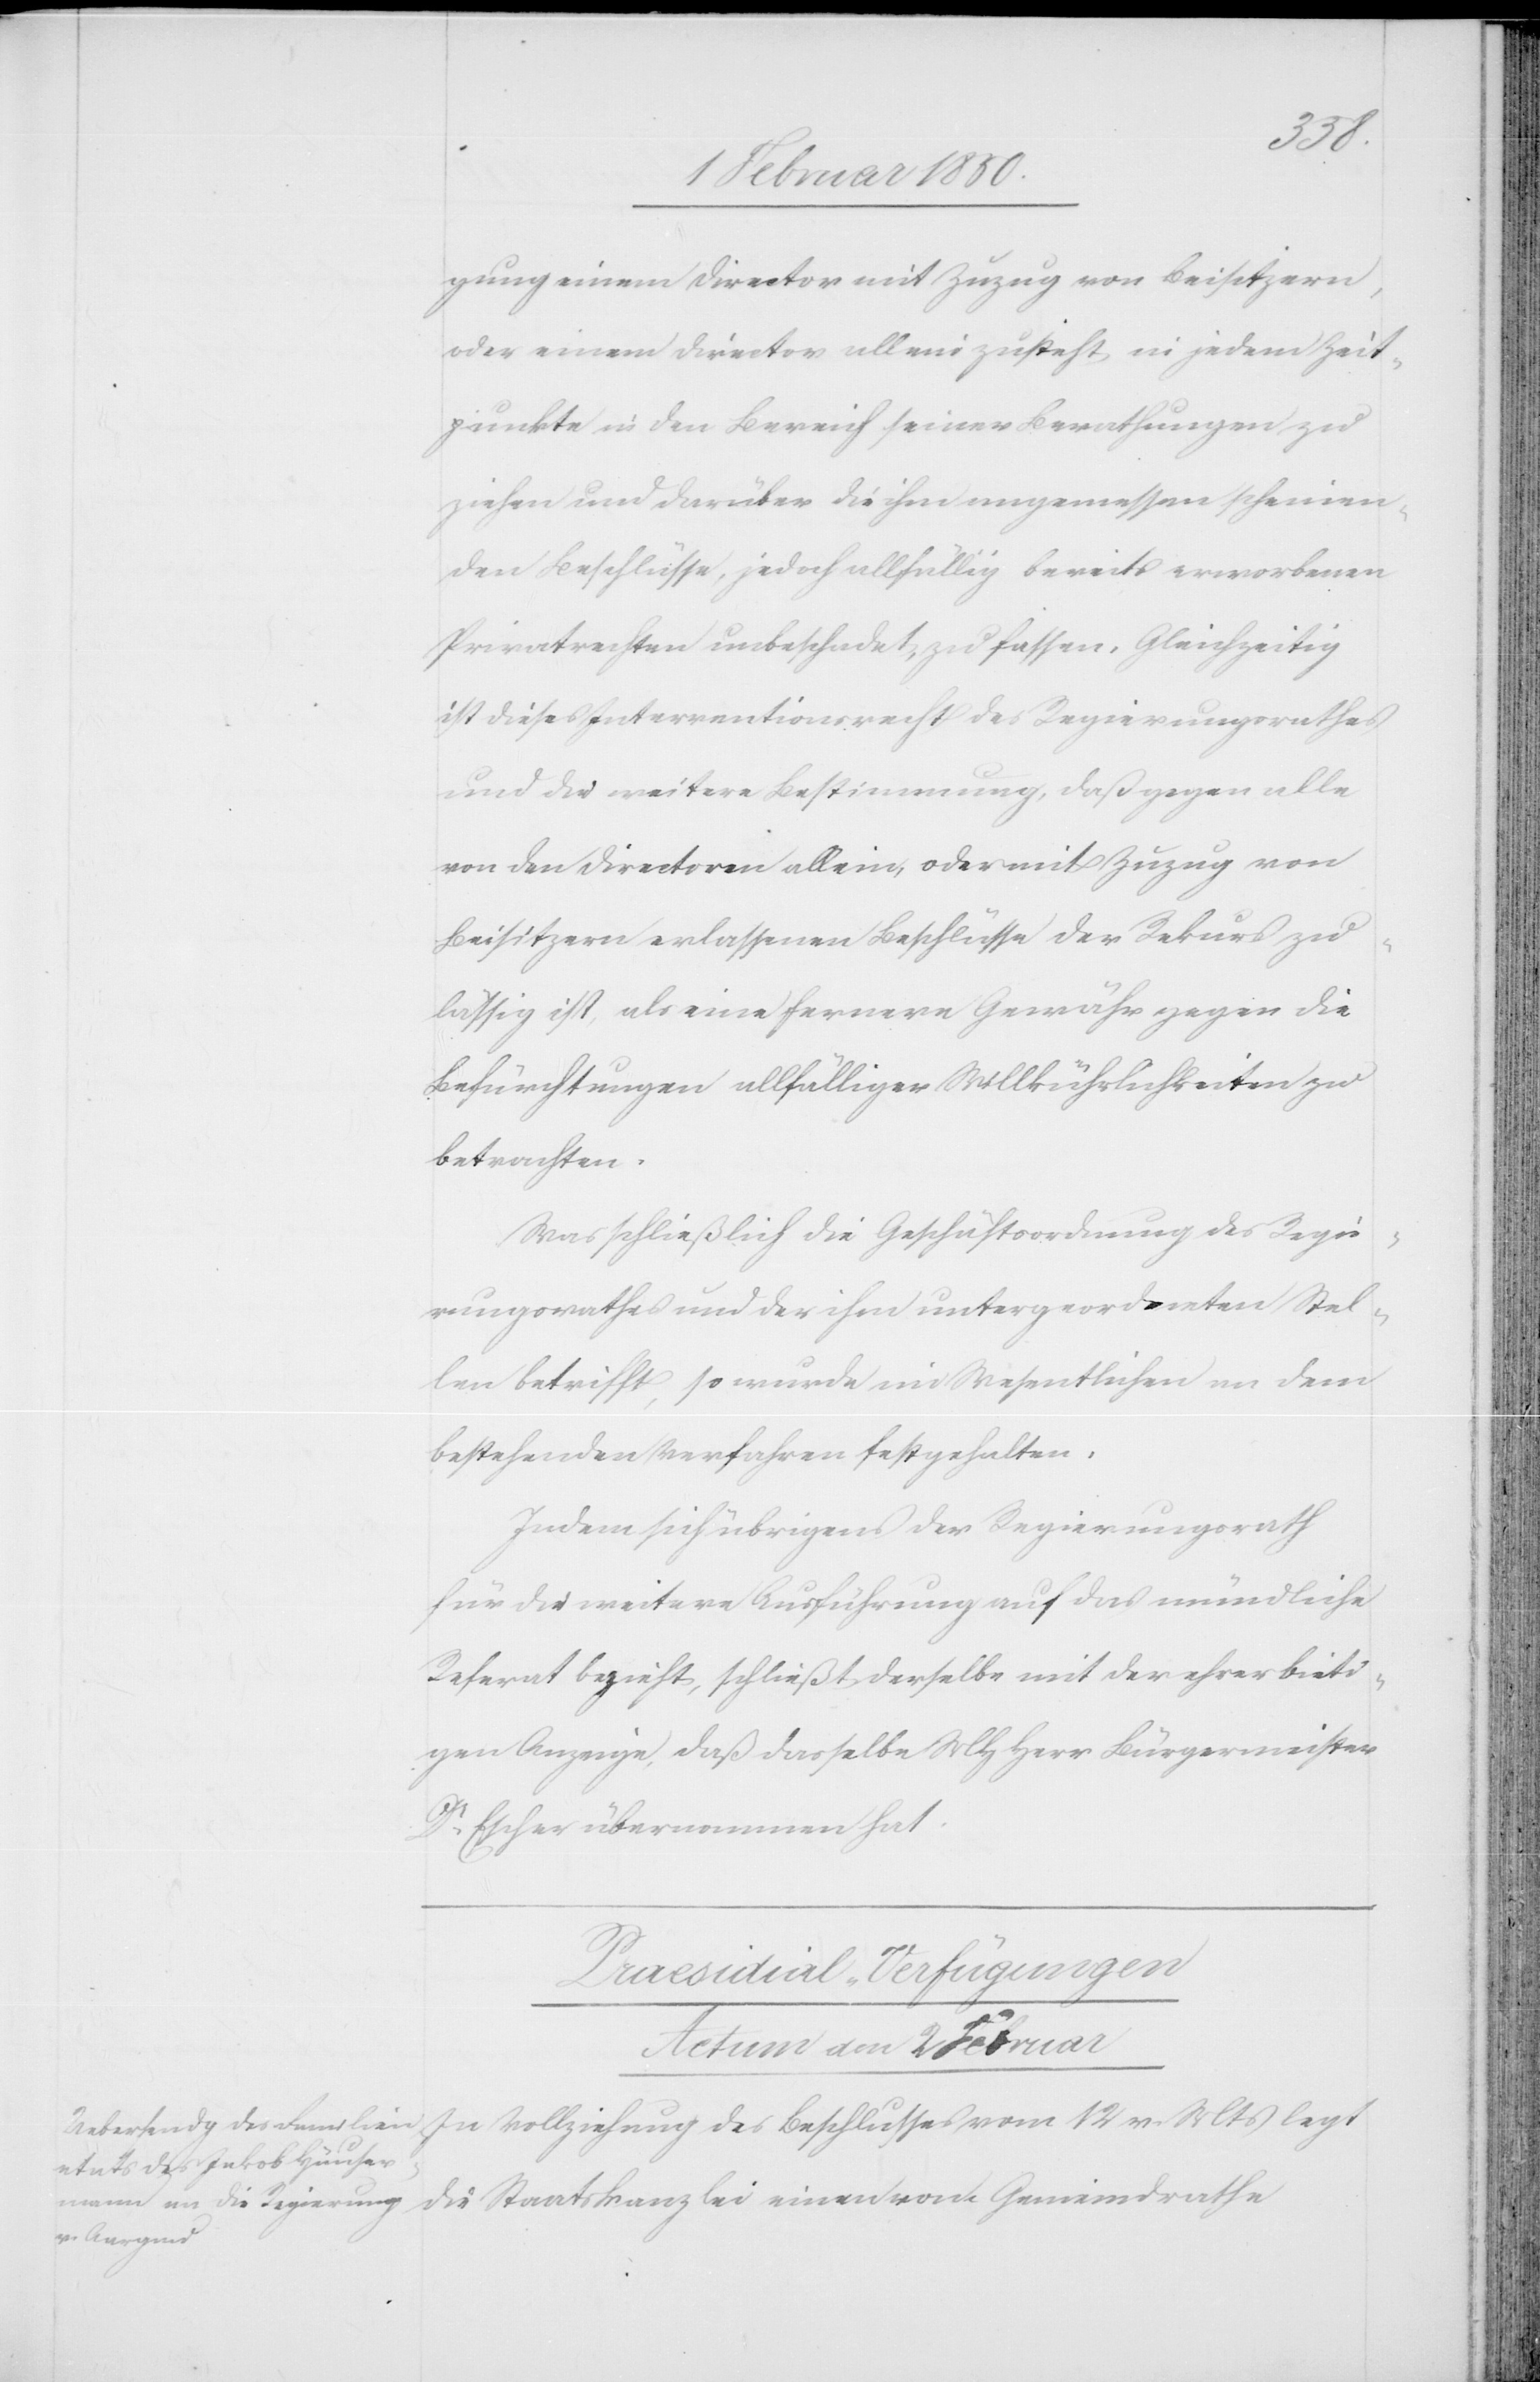
die
gung einem Director mit Zuzug von Beisitzern,
oder einem Director allein zusteht, in jedem Zeit¬
punkte in den Bereich seiner Berathungen zu
ziehen und darüber die ihm angemessen scheinen¬
den Beschlüsse, jedoch allfällig bereits erworbenen
Privatrechten unbeschadet, zu fassen. Gleichzeitig
ist dieses Interventionsrecht des Regierungsrathes
und die weitere Bestimmung, daß gegen alle
von den Directoren allein, oder mit Zuzug von
Beisitzern erlassenen Beschlüsse der Rekurs zu¬
lässig ist, als eine fernere Gewähr gegen die
Befürchtungen allfälliger Willkührlichkeiten zu
betrachten.
Was schließlich die Geschäftsordnung des Regie¬
rungsrathes und der ihm untergeordneten Stel¬
len betrifft, so wurde im Wesentlichen an dem
bestehenden Verfahren festgehalten.
Indem sich übrigens der Regierungsrath
für die weitere Ausführung auf das mündliche
Referat bezieht, schließt derselbe mit der ehrerbieti¬
gen Anzeige, daß dasselbe MHHerr Bürgermeister
Dr Escher übernommen hat.
Praesidial-Verfügungen
Actum den 2 Februar